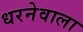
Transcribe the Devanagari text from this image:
धरनेवाला